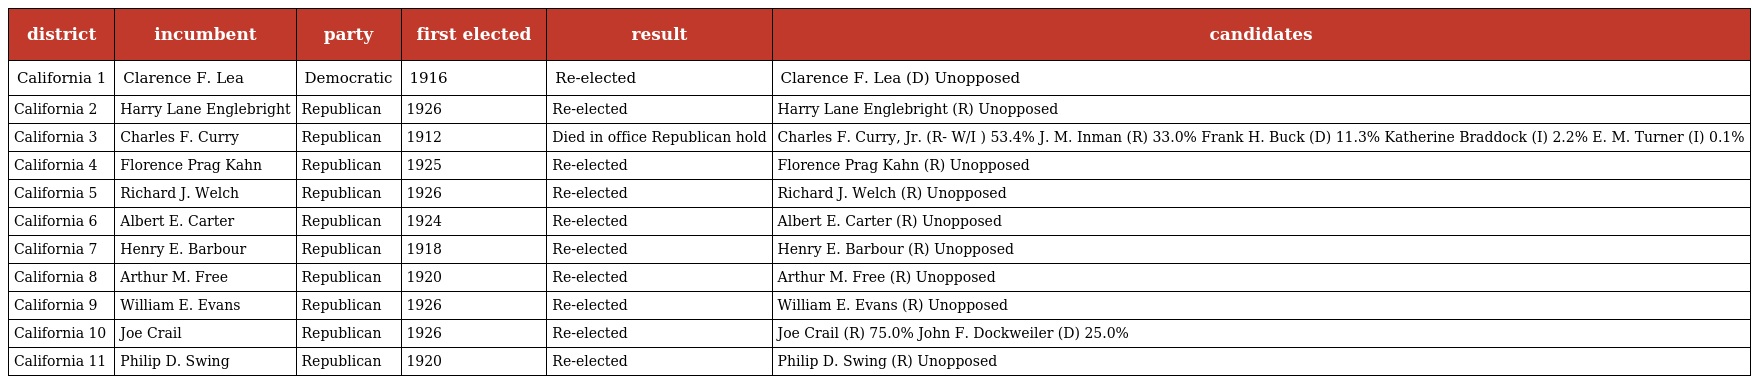
| district | incumbent | party | first elected | result | candidates |
 | --- | --- | --- | --- | --- | --- |
 | California 1 | Clarence F. Lea | Democratic | 1916 | Re-elected | Clarence F. Lea (D) Unopposed |
 | California 2 | Harry Lane Englebright | Republican | 1926 | Re-elected | Harry Lane Englebright (R) Unopposed |
 | California 3 | Charles F. Curry | Republican | 1912 | Died in office Republican hold | Charles F. Curry, Jr. (R- W/I ) 53.4% J. M. Inman (R) 33.0% Frank H. Buck (D) 11.3% Katherine Braddock (I) 2.2% E. M. Turner (I) 0.1% |
 | California 4 | Florence Prag Kahn | Republican | 1925 | Re-elected | Florence Prag Kahn (R) Unopposed |
 | California 5 | Richard J. Welch | Republican | 1926 | Re-elected | Richard J. Welch (R) Unopposed |
 | California 6 | Albert E. Carter | Republican | 1924 | Re-elected | Albert E. Carter (R) Unopposed |
 | California 7 | Henry E. Barbour | Republican | 1918 | Re-elected | Henry E. Barbour (R) Unopposed |
 | California 8 | Arthur M. Free | Republican | 1920 | Re-elected | Arthur M. Free (R) Unopposed |
 | California 9 | William E. Evans | Republican | 1926 | Re-elected | William E. Evans (R) Unopposed |
 | California 10 | Joe Crail | Republican | 1926 | Re-elected | Joe Crail (R) 75.0% John F. Dockweiler (D) 25.0% |
 | California 11 | Philip D. Swing | Republican | 1920 | Re-elected | Philip D. Swing (R) Unopposed |